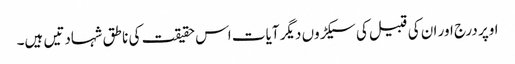
اوپر درج اور ان کی قبیل کی سیکڑوں دیگر آیات اس حقیقت کی ناطق شہادتیں ہیں۔